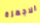
الاجهزة